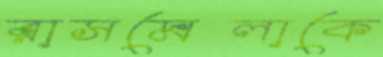
রাসমেলাকে